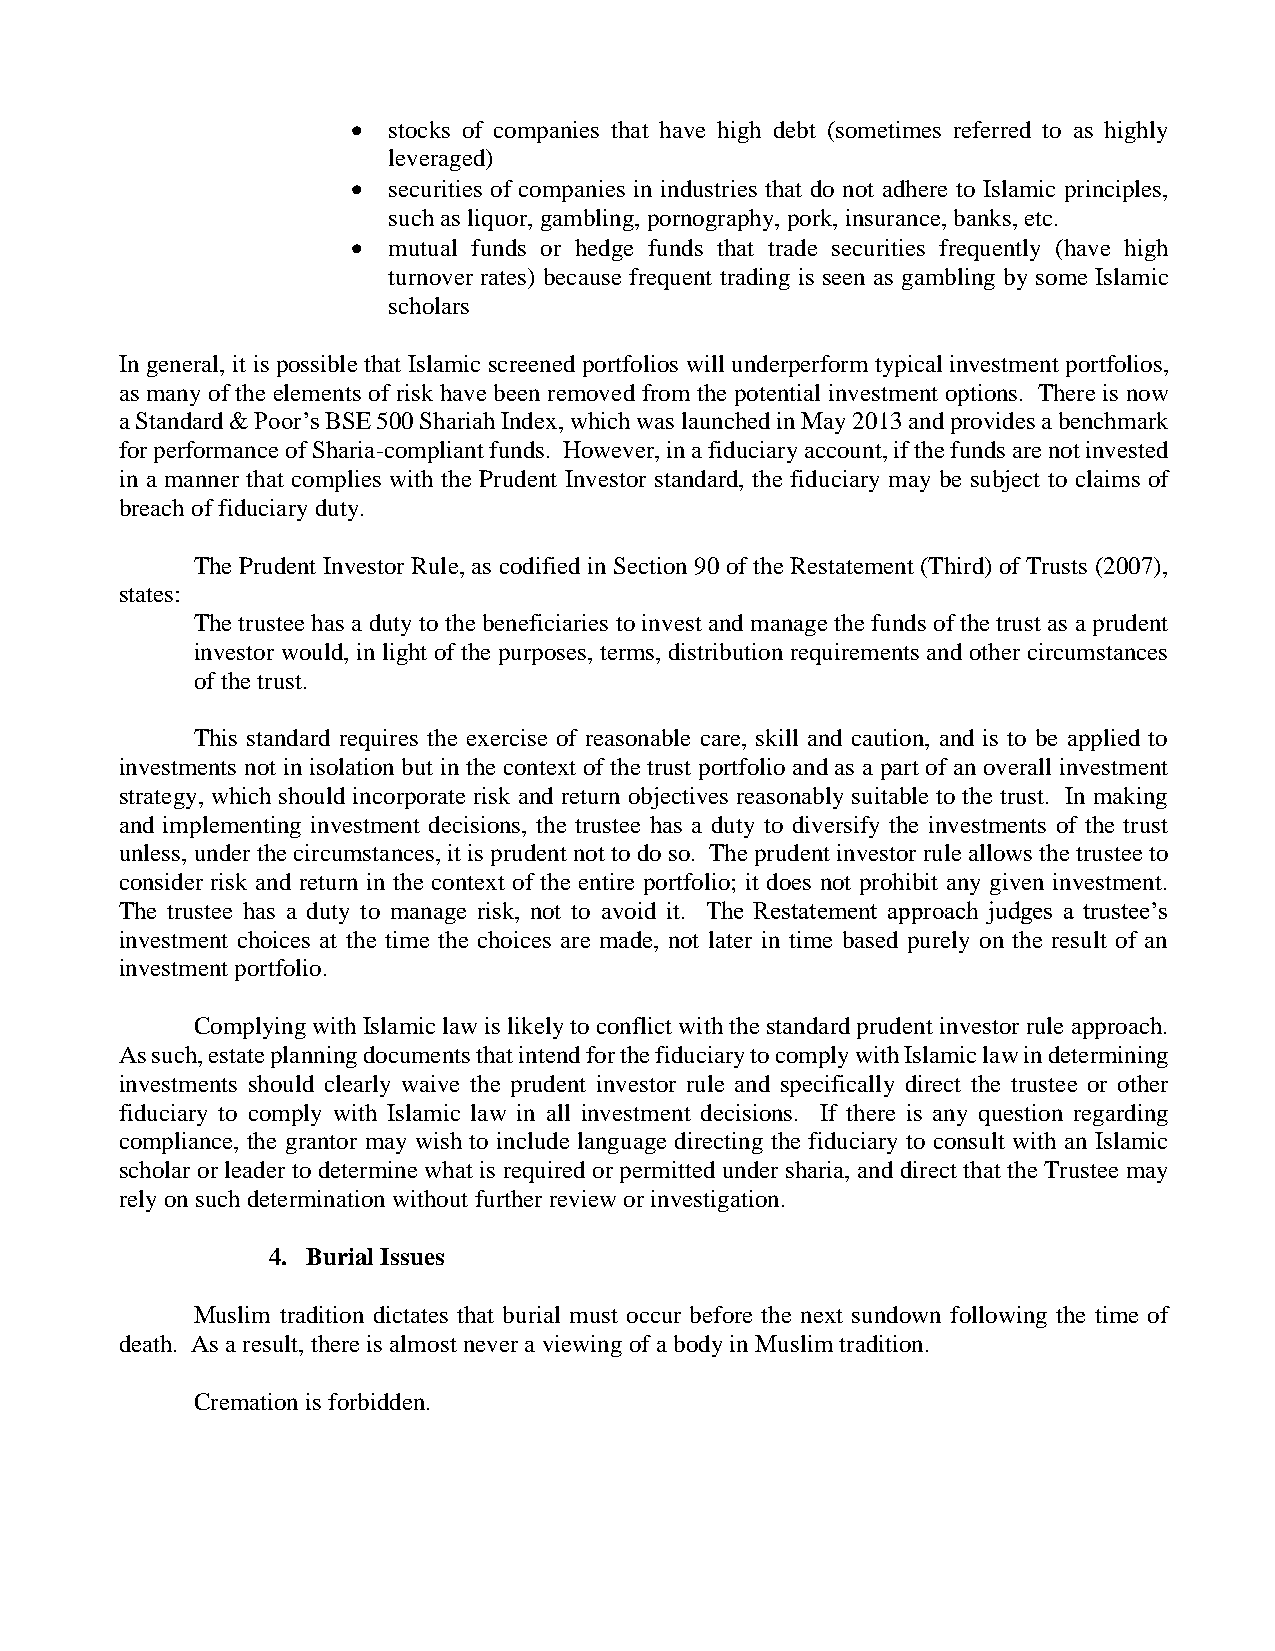
•  stocks of companies that have high debt (sometimes referred to as highly
 leveraged)
 •  securities of companies in industries that do not adhere to Islamic principles,
 such as liquor, gambling, pornography, pork, insurance, banks, etc.
 •  mutual funds or hedge funds that trade securities frequently (have high
 turnover rates) because frequent trading is seen as gambling by some Islamic
 scholars
 In general, it is possible that Islamic screened portfolios will underperform typical investment portfolios,
 as many of the elements of risk have been removed from the potential investment options. There is now
 a Standard & Poor’s BSE 500 Shariah Index, which was launched in May 2013 and provides a benchmark
 for performance of Sharia-compliant funds. However, in a fiduciary account, if the funds are not invested
 in a manner that complies with the Prudent Investor standard, the fiduciary may be subject to claims of
 breach of fiduciary duty.
 The Prudent Investor Rule, as codified in Section 90 of the Restatement (Third) of Trusts (2007),
 states:
 The trustee has a duty to the beneficiaries to invest and manage the funds of the trust as a prudent
 investor would, in light of the purposes, terms, distribution requirements and other circumstances
 of the trust.
 This standard requires the exercise of reasonable care, skill and caution, and is to be applied to
 investments not in isolation but in the context of the trust portfolio and as a part of an overall investment
 strategy, which should incorporate risk and return objectives reasonably suitable to the trust. In making
 and implementing investment decisions, the trustee has a duty to diversify the investments of the trust
 unless, under the circumstances, it is prudent not to do so. The prudent investor rule allows the trustee to
 consider risk and return in the context of the entire portfolio; it does not prohibit any given investment.
 The trustee has a duty to manage risk, not to avoid it. The Restatement approach judges a trustee’s
 investment choices at the time the choices are made, not later in time based purely on the result of an
 investment portfolio.
 Complying with Islamic law is likely to conflict with the standard prudent investor rule approach.
 As such, estate planning documents that intend for the fiduciary to comply with Islamic law in determining
 investments should clearly waive the prudent investor rule and specifically direct the trustee or other
 fiduciary to comply with Islamic law in all investment decisions. If there is any question regarding
 compliance, the grantor may wish to include language directing the fiduciary to consult with an Islamic
 scholar or leader to determine what is required or permitted under sharia, and direct that the Trustee may
 rely on such determination without further review or investigation.
 4. Burial Issues
 Muslim tradition dictates that burial must occur before the next sundown following the time of
 death. As a result, there is almost never a viewing of a body in Muslim tradition.
 Cremation is forbidden.